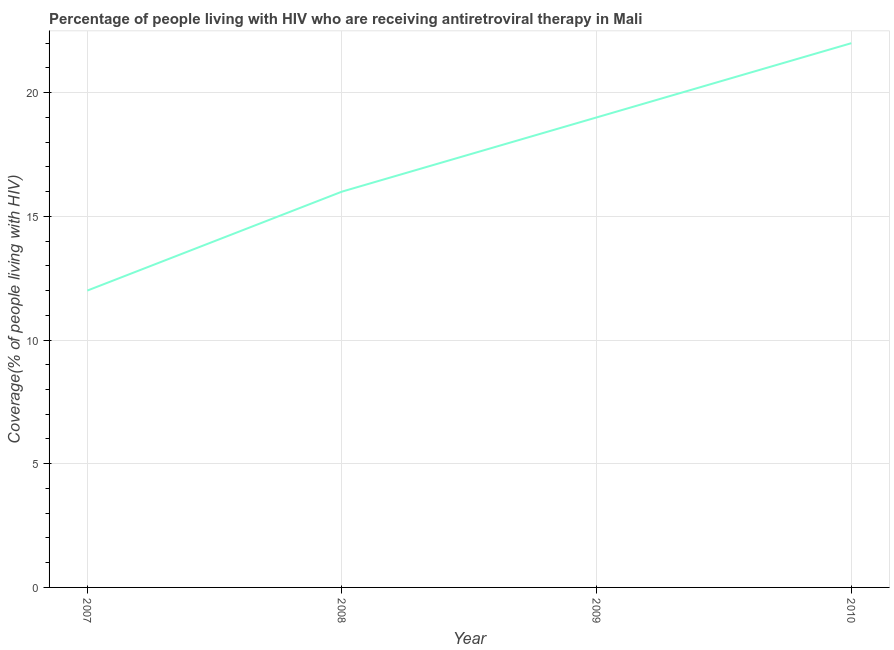
| Year | Antiretroviral therapy coverage |
 | --- | --- |
 | 2007 | 12 |
 | 2008 | 16 |
 | 2009 | 19 |
 | 2010 | 22 |